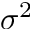
\sigma ^ { 2 }